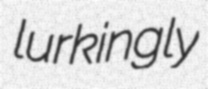
lurkingly